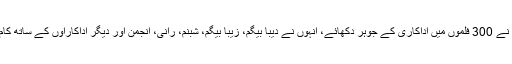
1965 سے 1980 تک کا زمانہ محمدعلی کے فنی کیرئیر کا عروج تھا، انہوں نے 300 فلموں میں اداکاری کے جوہر دکھائے، انہوں نے دیبا بیگم، زیبا بیگم، شبنم، رانی، انجمن اور دیگر اداکاراؤں کے ساتھ کام کیا تاہم ان کی جوڑی ان کی شریک حیات زیبا بیگم کے ساتھ بہت پسند کی گئی۔